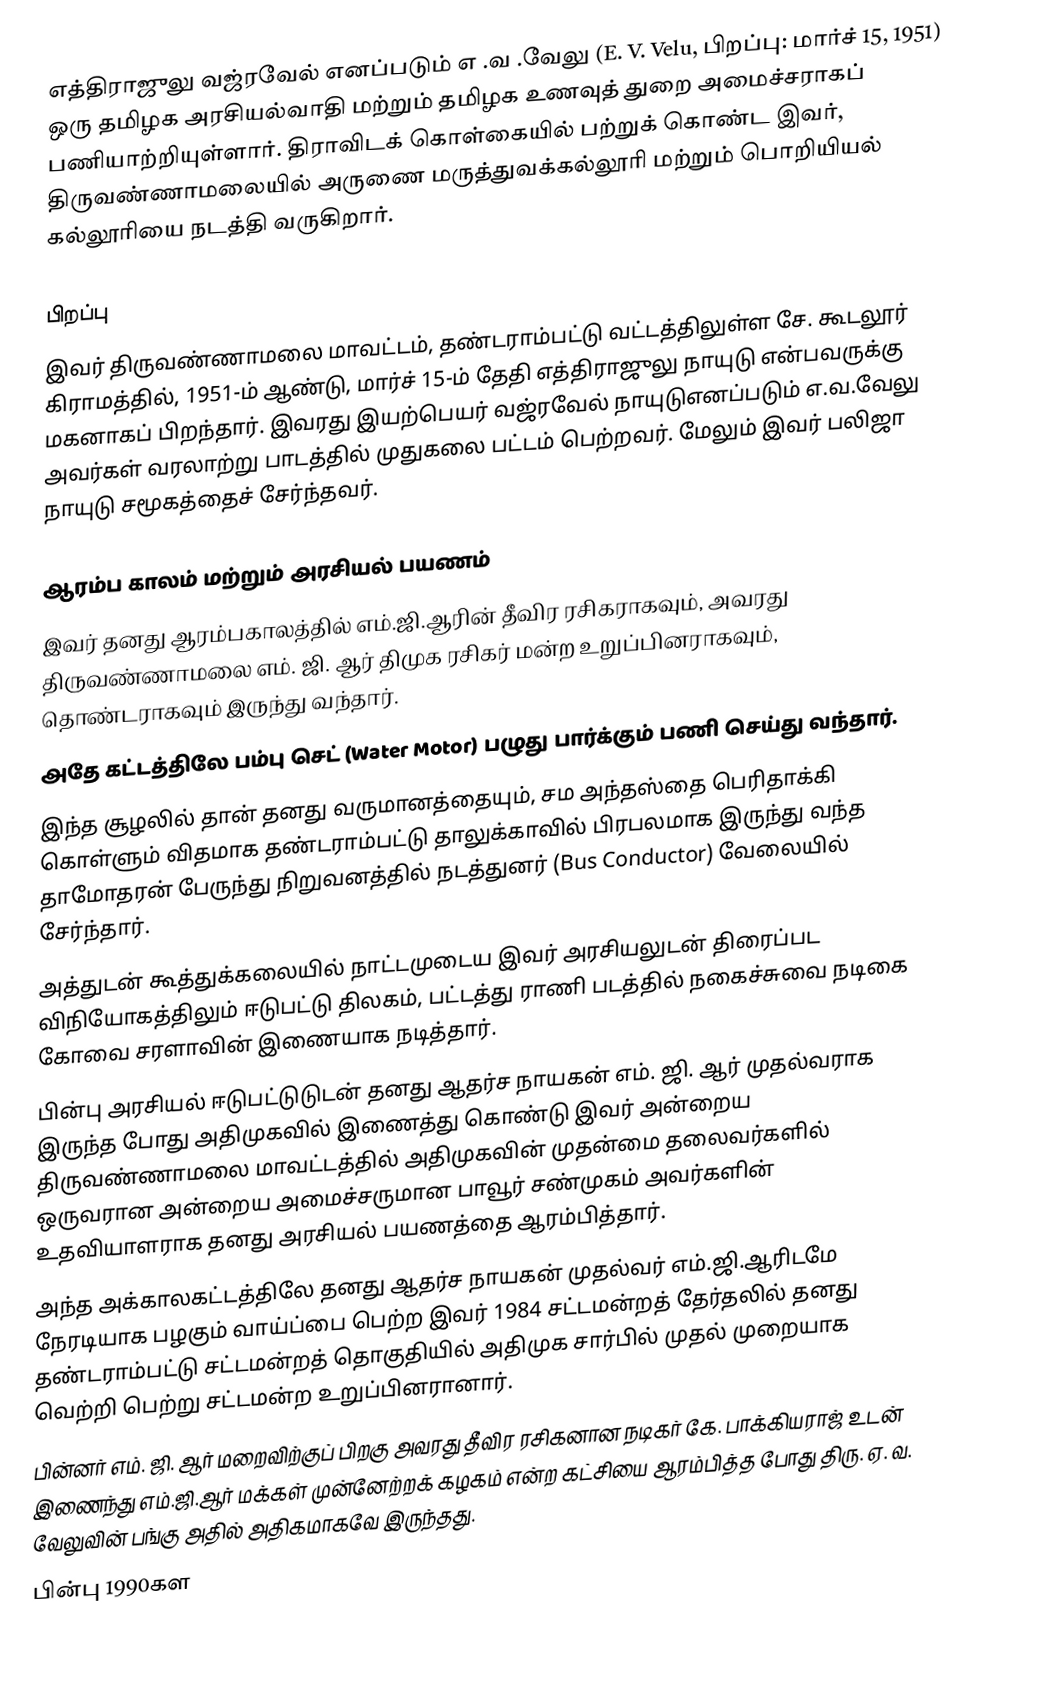
எத்திராஜுலு வஜ்ரவேல் எனப்படும் எ .வ .வேலு (E. V. Velu, பிறப்பு: மார்ச் 15, 1951) ஒரு தமிழக அரசியல்வாதி மற்றும் தமிழக உணவுத் துறை அமைச்சராகப் பணியாற்றியுள்ளார். திராவிடக் கொள்கையில் பற்றுக் கொண்ட இவர், திருவண்ணாமலையில் அருணை மருத்துவக்கல்லூரி  மற்றும் பொறியியல் கல்லூரியை நடத்தி வருகிறார்.

பிறப்பு
 இவர் திருவண்ணாமலை மாவட்டம், தண்டராம்பட்டு வட்டத்திலுள்ள சே. கூடலூர் கிராமத்தில், 1951-ம் ஆண்டு, மார்ச் 15-ம் தேதி எத்திராஜுலு நாயுடு என்பவருக்கு மகனாகப் பிறந்தார். இவரது இயற்பெயர் வஜ்ரவேல் நாயுடுஎனப்படும் எ.வ.வேலு அவர்கள் வரலாற்று பாடத்தில் முதுகலை பட்டம் பெற்றவர். மேலும் இவர் பலிஜா நாயுடு சமூகத்தைச் சேர்ந்தவர்.

ஆரம்ப காலம் மற்றும் அரசியல் பயணம்
 இவர் தனது ஆரம்பகாலத்தில் எம்.ஜி.ஆரின் தீவிர ரசிகராகவும், அவரது திருவண்ணாமலை எம். ஜி. ஆர் திமுக ரசிகர் மன்ற உறுப்பினராகவும், தொண்டராகவும் இருந்து வந்தார்.
 அதே கட்டத்திலே பம்பு செட் (Water Motor) பழுது பார்க்கும் பணி செய்து வந்தார்.
 இந்த சூழலில் தான் தனது வருமானத்தையும், சம அந்தஸ்தை பெரிதாக்கி கொள்ளும் விதமாக தண்டராம்பட்டு தாலுக்காவில் பிரபலமாக இருந்து வந்த தாமோதரன் பேருந்து நிறுவனத்தில் நடத்துனர் (Bus Conductor) வேலையில் சேர்ந்தார்.
 அத்துடன் கூத்துக்கலையில் நாட்டமுடைய இவர் அரசியலுடன் திரைப்பட விநியோகத்திலும் ஈடுபட்டு திலகம், பட்டத்து ராணி படத்தில் நகைச்சுவை நடிகை கோவை சரளாவின் இணையாக நடித்தார்.
 பின்பு அரசியல் ஈடுபட்டுடுடன் தனது ஆதர்ச நாயகன் எம். ஜி. ஆர் முதல்வராக இருந்த போது அதிமுகவில் இணைத்து கொண்டு இவர் அன்றைய திருவண்ணாமலை மாவட்டத்தில் அதிமுகவின் முதன்மை தலைவர்களில் ஒருவரான அன்றைய அமைச்சருமான பாவூர் சண்முகம் அவர்களின் உதவியாளராக தனது அரசியல் பயணத்தை ஆரம்பித்தார்.
 அந்த அக்காலகட்டத்திலே தனது ஆதர்ச நாயகன் முதல்வர் எம்.ஜி.ஆரிடமே நேரடியாக பழகும் வாய்ப்பை பெற்ற இவர் 1984 சட்டமன்றத் தேர்தலில் தனது தண்டராம்பட்டு சட்டமன்றத் தொகுதியில் அதிமுக சார்பில் முதல் முறையாக வெற்றி பெற்று சட்டமன்ற உறுப்பினரானார்.
 பின்னர் எம். ஜி. ஆர் மறைவிற்குப் பிறகு அவரது தீவிர ரசிகனான நடிகர் கே. பாக்கியராஜ் உடன் இணைந்து எம்.ஜி.ஆர் மக்கள் முன்னேற்றக் கழகம் என்ற கட்சியை ஆரம்பித்த போது திரு. ஏ. வ. வேலுவின் பங்கு அதில் அதிகமாகவே இருந்தது.
 பின்பு 1990கள